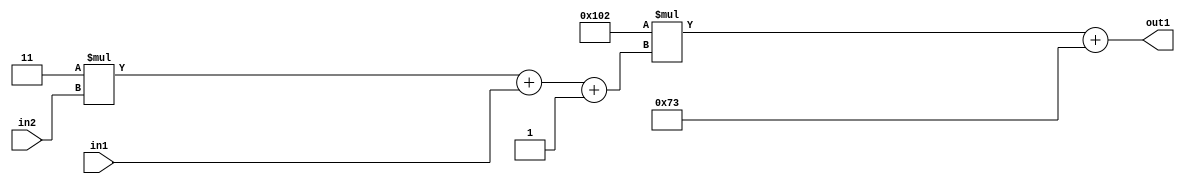
`timescale 1ps / 1ps
/*****************************************************************************
    Verilog RTL Description
    
    
    Created by: Stratus DpOpt 2019.1.01 
*******************************************************************************/

module DC_Filter_Add2i115Mul2i258Add3i1u1Mul2i3u2_1 (
	in2,
	in1,
	out1
	); /* architecture "behavioural" */ 
input [1:0] in2;
input  in1;
output [11:0] out1;
wire [11:0] asc001;
wire [3:0] asc002;

wire [3:0] asc002_tmp_0;
wire [3:0] asc002_tmp_1;
assign asc002_tmp_1 = 
	+(4'B0011 * in2);
assign asc002_tmp_0 = asc002_tmp_1
	+(in1);
assign asc002 = asc002_tmp_0
	+(4'B0001);

wire [11:0] asc001_tmp_2;
assign asc001_tmp_2 = 
	+(12'B000100000010 * asc002);
assign asc001 = asc001_tmp_2
	+(12'B000001110011);

assign out1 = asc001;
endmodule

/* CADENCE  vrTySwk= : u9/ySgnWtBlWxVPRXgAZ4Og= ** DO NOT EDIT THIS LINE ******/